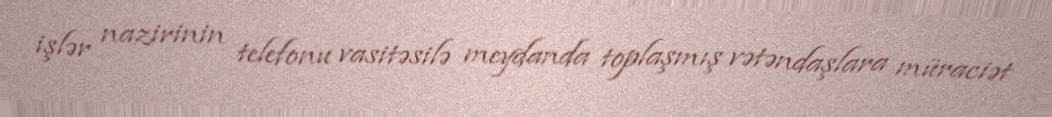
işlər nazirinin telefonu vasitəsilə meydanda toplaşmış vətəndaşlara müraciət